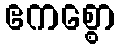
ဧကစ္စော